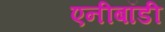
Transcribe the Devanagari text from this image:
एनीबॉडी